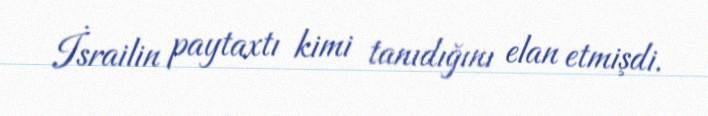
İsrailin paytaxtı kimi tanıdığını elan etmişdi.